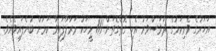
އަހަރުގެ ވެރިކަމުގެ ދުވަސްވަރު އެކި ގޮތްގޮތަށް 111 މީހަކު މަރާލާފައިވާ ކަމަށް ބުނެފައިވެއެވެ.